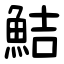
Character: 鮚